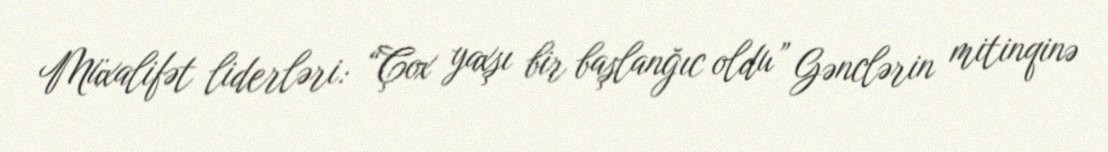
Müxalifət liderləri: “Çox yaxşı bir başlanğıc oldu” Gənclərin mitinqinə